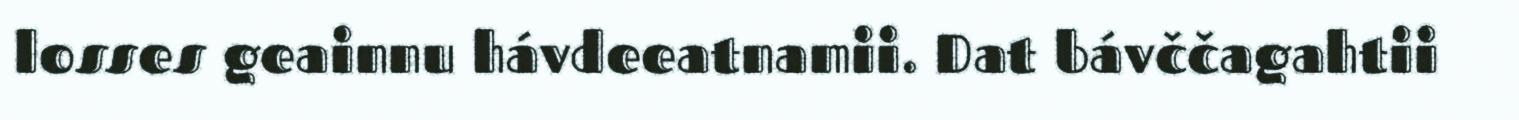
losses geainnu hávdeeatnamii. Dat bávččagahtii